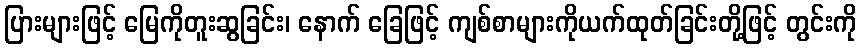
ပြားများဖြင့် မြေကိုတူးဆွခြင်း၊ နောက် ခြေဖြင့် ကျစ်စာများကိုယက်ထုတ်ခြင်းတို့ဖြင့် တွင်းကို